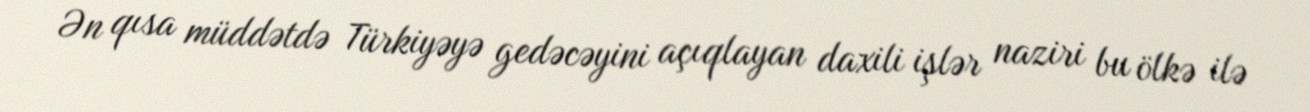
Ən qısa müddətdə Türkiyəyə gedəcəyini açıqlayan daxili işlər naziri bu ölkə ilə